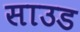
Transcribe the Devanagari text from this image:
साउड